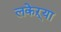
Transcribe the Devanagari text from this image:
लकेऱ्या